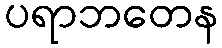
ပရာဘတေန